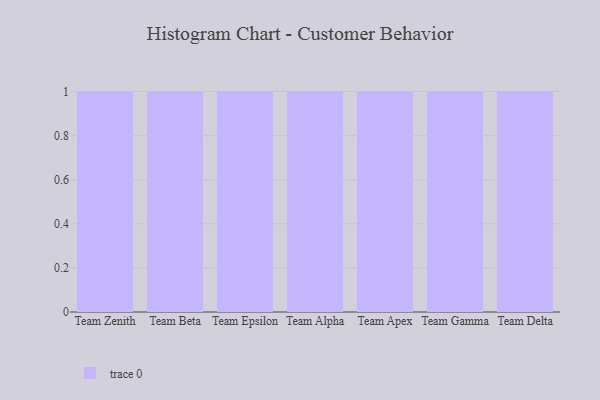
{"axis": {"x": "Team", "y": "Bounce Rate (%)"}, "legend": [""], "data": [{"x": "Team Zenith", "y": 28, "type": ""}, {"x": "Team Beta", "y": 87, "type": ""}, {"x": "Team Epsilon", "y": 58, "type": ""}, {"x": "Team Alpha", "y": 90, "type": ""}, {"x": "Team Apex", "y": 19, "type": ""}, {"x": "Team Gamma", "y": 36, "type": ""}, {"x": "Team Delta", "y": 11, "type": ""}]}